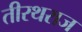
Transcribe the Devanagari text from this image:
तीरथराज